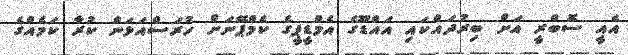
އެއީ ސޮބްރީ އަށް ބިރުދައްކައި އައްޑޫގެ އެމްޑީޕީގެ ކެމްޕޭނަށް ހުރަސްއަޅަން ކުރާ ކަމެއްގެ